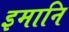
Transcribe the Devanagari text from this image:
इमानि